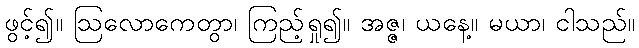
ဖွင့်၍။ ဩလောကေတွာ၊ ကြည့်ရှု၍။ အဇ္ဇ၊ ယနေ့။ မယာ၊ ငါသည်။